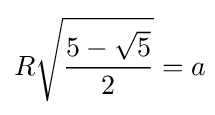
R{\sqrt {\frac {5-{\sqrt {5}}}{2}}}=a\!